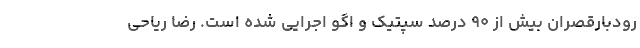
رودبارقصران بیش از ۹۰ درصد سپتیک و اگو اجرایی شده است. رضا ریاحی